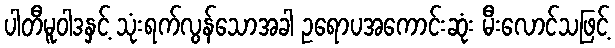
ပါတီမူဝါဒနှင့် သုံးရက်လွန်သောအခါ ဥရောပအကောင်းဆုံး မီးလောင်သဖြင့်